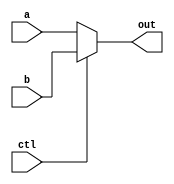
`timescale 1ns / 1ps
//////////////////////////////////////////////////////////////////////////////////
// Company: 
// Engineer: 
// 
// Design Name: 
// Module Name: MUX2
// Project Name: 
// Target Devices: 
// Tool Versions: 
// Description: 
// 
// Dependencies: 
// 
// Revision:
// Revision 0.01 - File Created
// Additional Comments:
// 
//////////////////////////////////////////////////////////////////////////////////


module MUX32b(
    ctl,a,b,out
    );
    input ctl;
    input [31:0] a,b;
    output [31:0] out;

    assign out=(ctl)?b:a;

endmodule